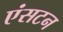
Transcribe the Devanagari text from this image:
एंसटन